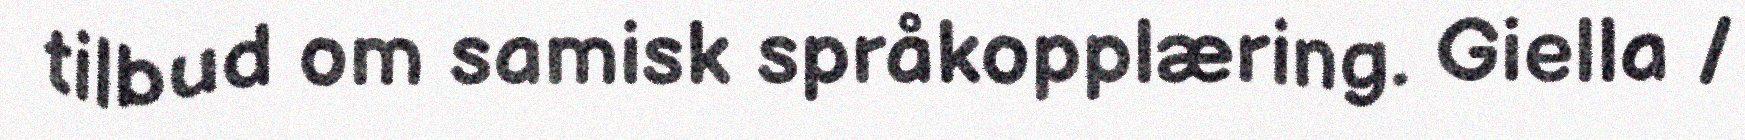
tilbud om samisk språkopplæring. Giella /